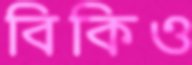
বিকিও